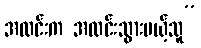
အလင်းက အလင်းသွားမယ့်သူ”